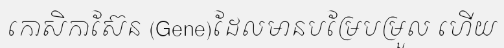
កោសិកាស៊ែន (Gene)ដែលមានបម្រែបម្រួល ហើយ